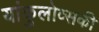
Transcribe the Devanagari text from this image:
यांकुलोव्सकी